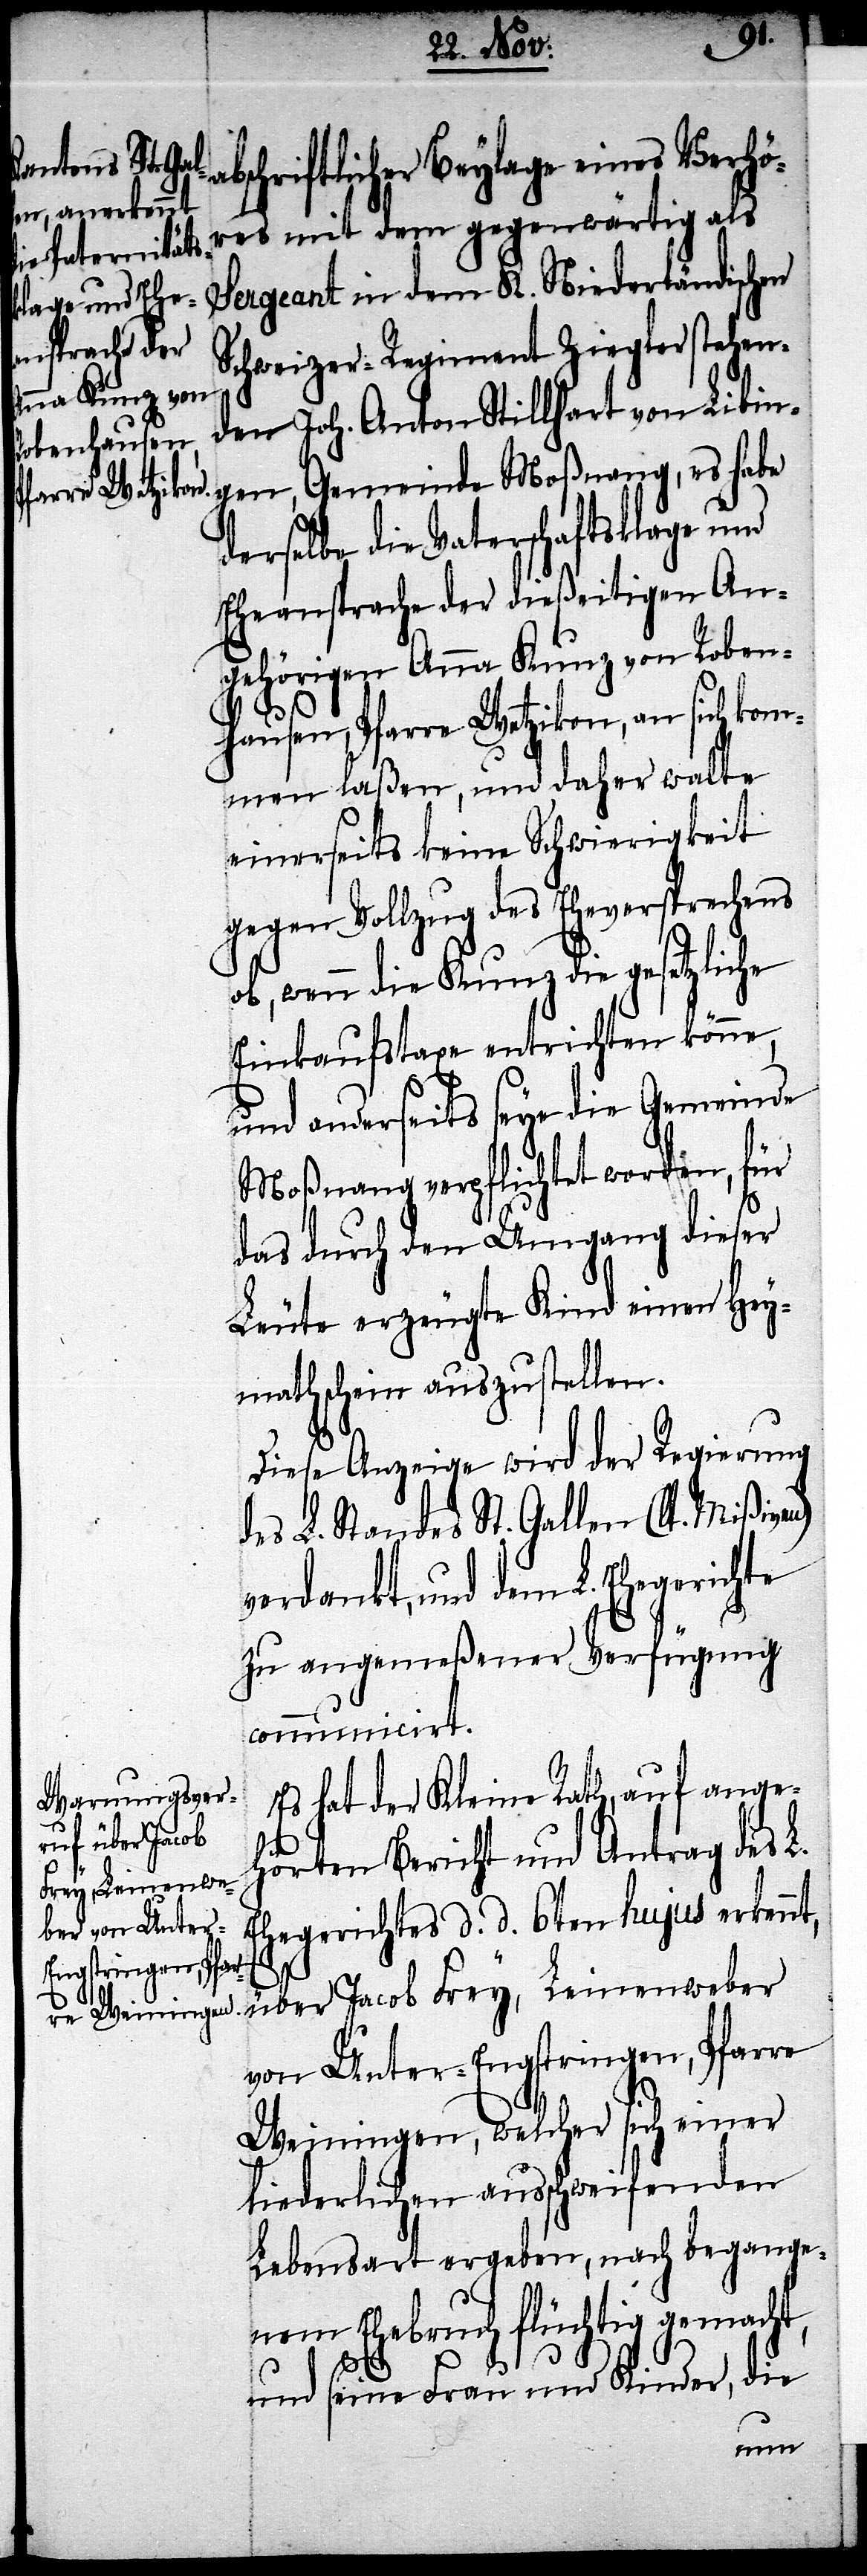
abschriftlicher Beylage eines Verhör¬
es mit dem gegenwärtig als
Sergeant in dem K. Niederländischen
Schweizer-Regiment Ziegler stehen¬
den Joh. Anton Stillhart von Libin¬
gen, Gemeinde Moßnang, es habe
derselbe die Vaterschaftsklage und
Eheansprache der dießeitigen An¬
gehörigen Anna Kunz von Roben¬
hausen, Pfarre Wetzikon, an sich kom¬
men laßen, und daher walte
einerseits keine Schwierigkeit
gegen Vollzug des Eheversprechens
ob, wenn die Kunz die gesetzliche
Einkaufstaxe entrichten könne,
und anderseits seye die Gemeinde
Moßnang verpflichtet worden, für
das durch den Umgang dieser
Leute erzeugte Kind einen Hey¬
mathschein auszustellen.
Diese Anzeige wird der Regierung
des L. Standes St. Gallen (lt. Mißiven)
verdankt, und dem L. Ehegerichte
zu angemeßener Verfügung
communicirt.
Es hat der Kleine Rath, auf ange¬
über Jacob
hörten Bericht und Antrag des L.
Frey, Leinenweber
Ehegerichtes d. d. 6ten hujus erkennt,
von Unter-Engstringen, Pfarre
Weiningen, welcher sich einer
liederlichen ausschweifenden
Lebensart ergeben, nach begange¬
nem Ehebruch flüchtig gemacht,
und seine Frau und Kinder, die